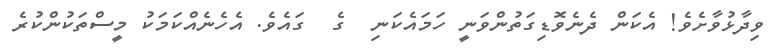
ވިދާޅުވާށެވެ! އެކަން ދެނެވޮޑިގަތުންވަނީ ހަމައެކަނި  ގެ  ގައެވެ. އެހެނެއްކަމަކު މީސްތަކުންކުރެ